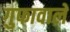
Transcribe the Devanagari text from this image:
गुफावाले